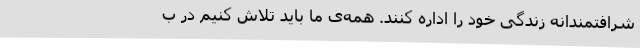
شرافتمندانه زندگی خود را اداره کنند. همه‌ی ما باید تلاش کنیم در ب